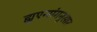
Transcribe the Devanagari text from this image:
ह्युएन्संगनुसार